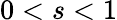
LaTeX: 0<s<1